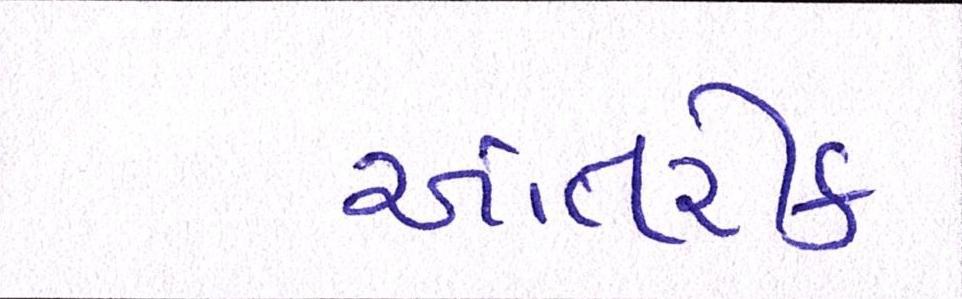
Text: આંતરીક